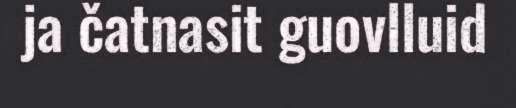
ja čatnasit guovlluid